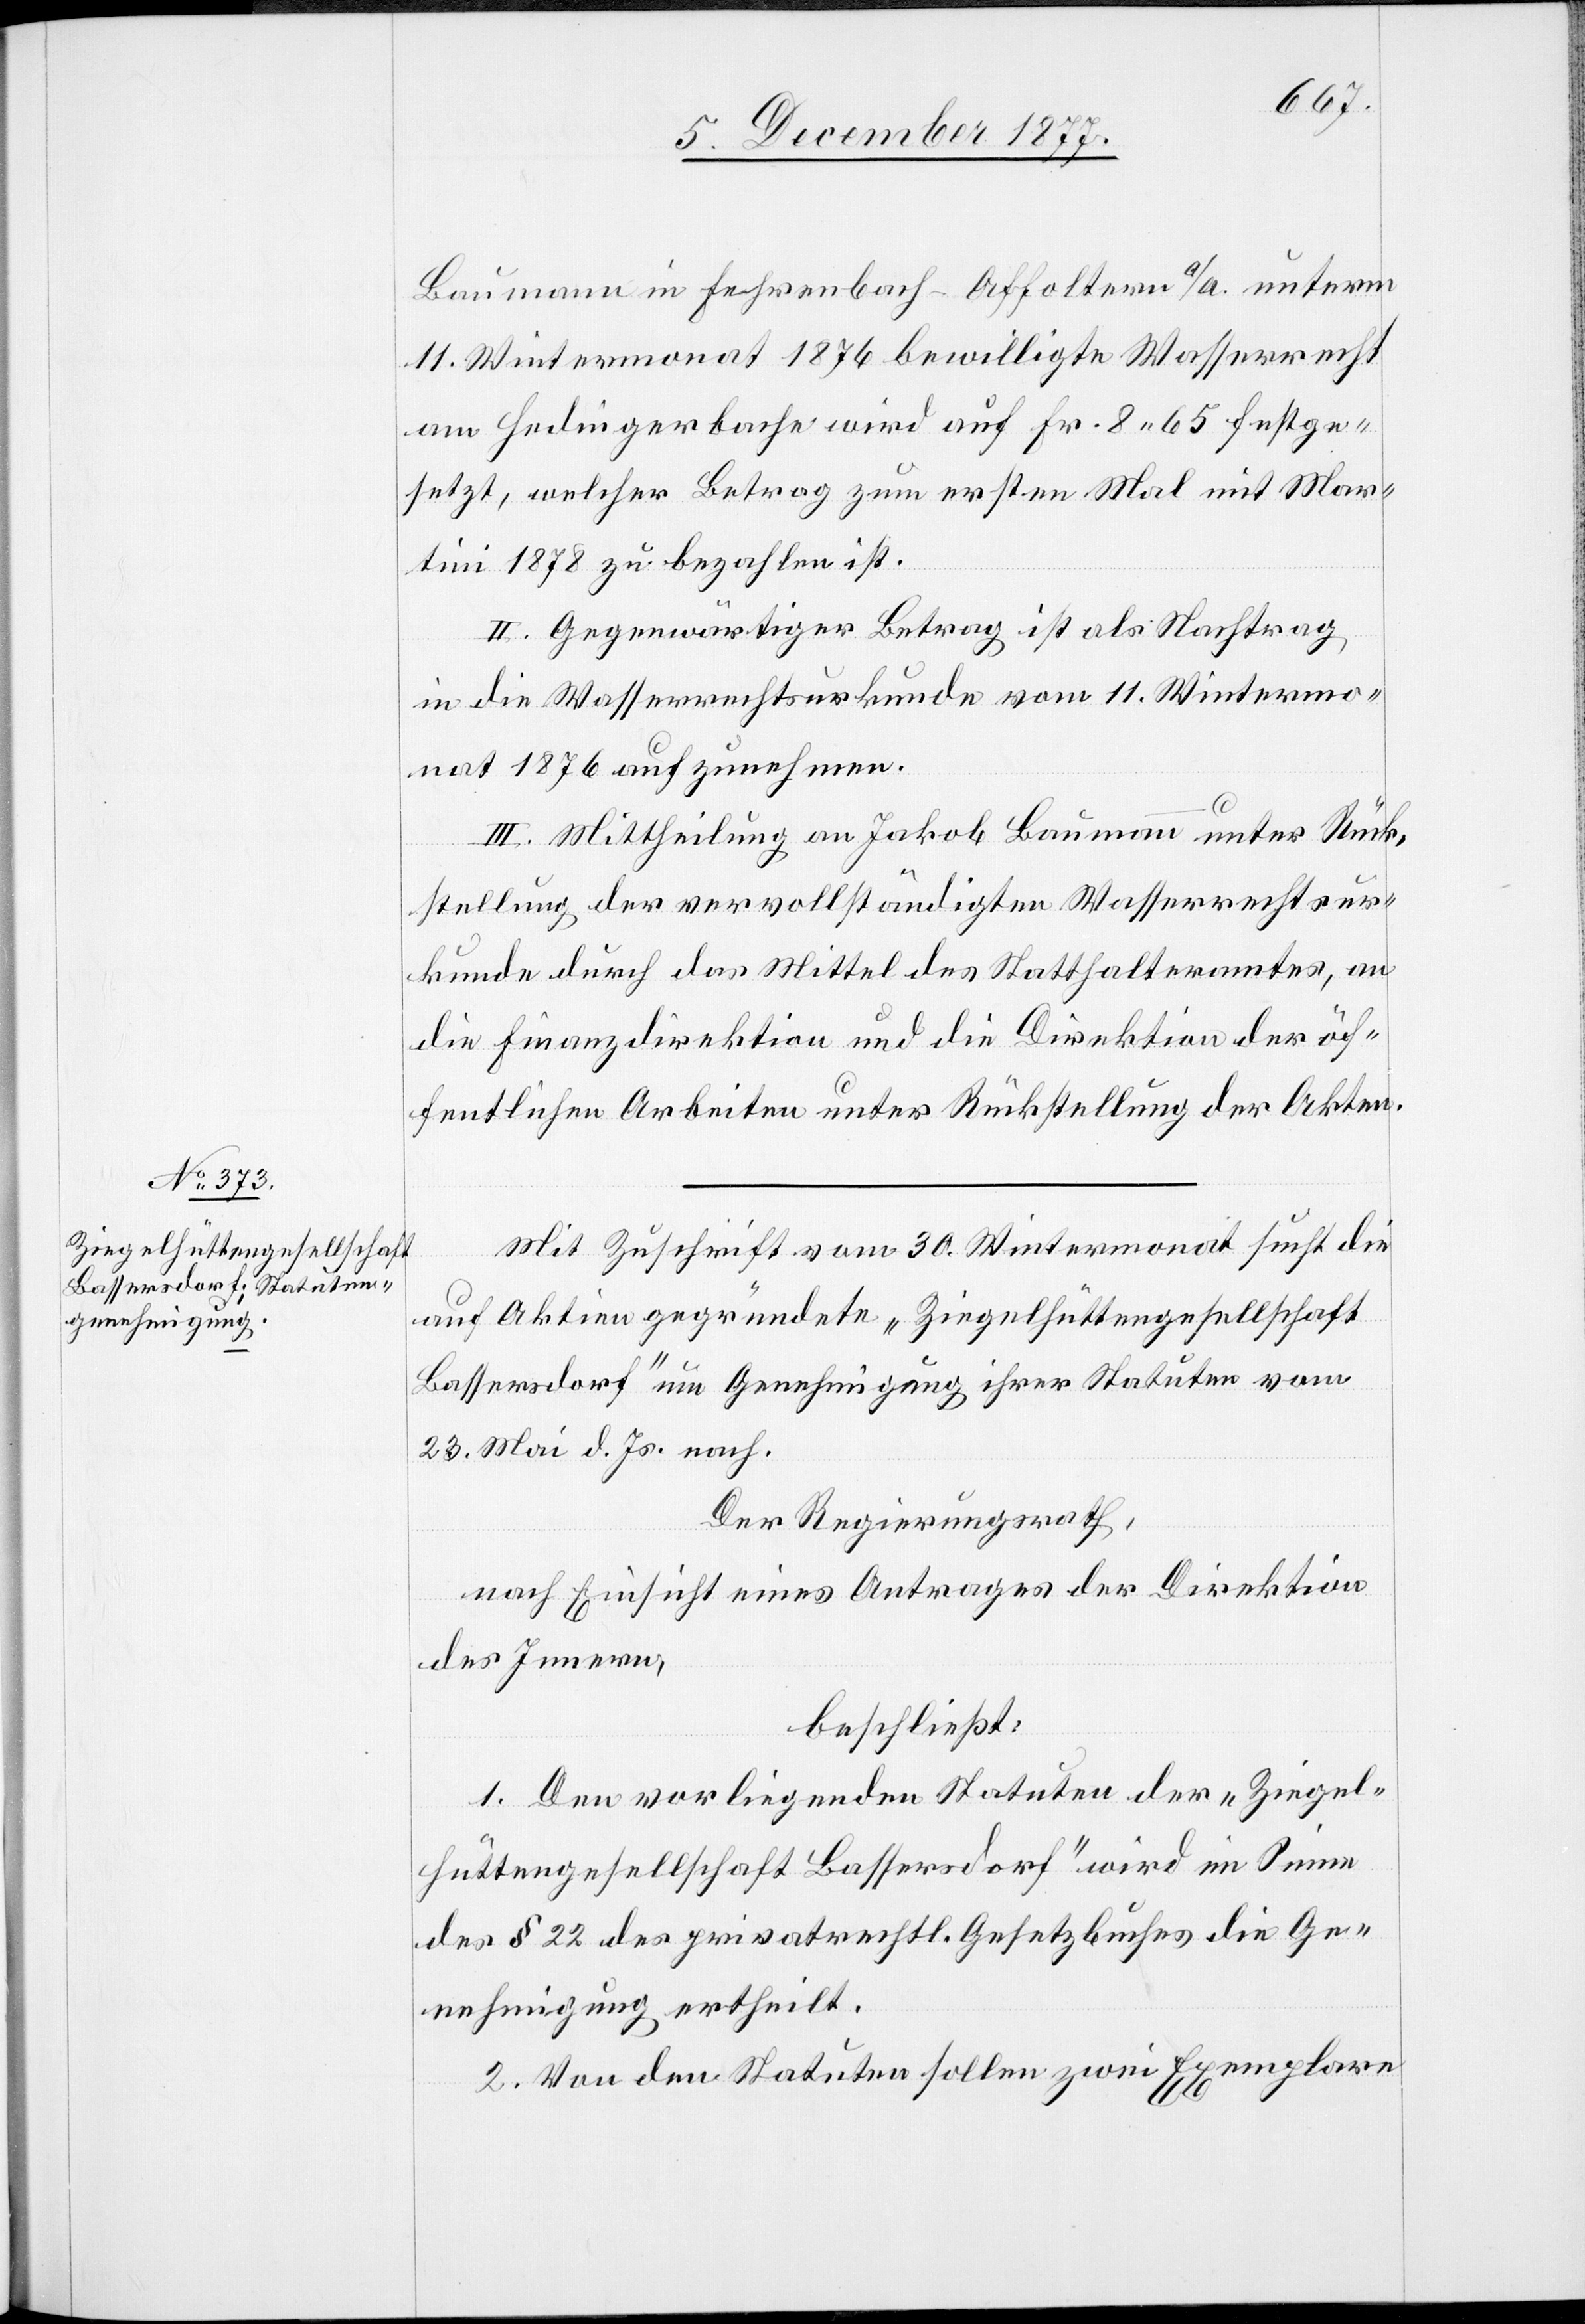
Baumann in Fehrenbach - Affoltern a/A. unterm
11. Wintermonat 1876 bewilligte Wasserrecht
am Hedingerbache wird auf Fr. 8 65 festge¬
setzt, welcher Betrag zum ersten Mal mit Mar¬
tini 1878 zu bezahlen ist.
II. Gegenwärtiger Betrag ist als Nachtrag
in die Wasserrechtsurkunde vom 11. Wintermo¬
nat 1876 aufzunehmen.
III. Mittheilung an Jakob Baumann unter Rück¬
stellung der vervollständigten Wasserrechtsur¬
kunde durch das Mittel des Statthalteramtes, an
die Finanzdirektion und die Direktion der öf¬
fentlichen Arbeiten unter Rückstellung der Akten.
Mit Zuschrift vom 30. Wintermonat sucht die
auf Aktien gegründete „Ziegelhüttengesellschaft
Bassersdorf“ um Genehmigung ihrer Statuten vom
23. Mai d. Js. nach.
Der Regierungsrath,
nach Einsicht eines Antrages der Direktion
des Innern,
beschließt:
1. Den vorliegenden Statuten der „Ziegel¬
hüttengesellschaft Bassersdorf“ wird im Sinne
des § 22 des privatrechtl. Gesetzbuches die Ge¬
nehmigung ertheilt.
2. Von den Statuten sollen zwei Exemplare